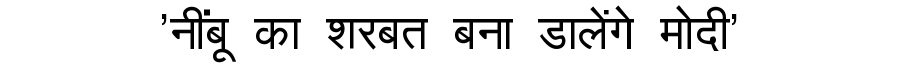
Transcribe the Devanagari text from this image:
'नींबू का शरबत बना डालेंगे मोदी'